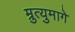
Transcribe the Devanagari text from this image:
म्रुत्युमागे